Calcutta medical institutions reports 1871-78
Year: 1871
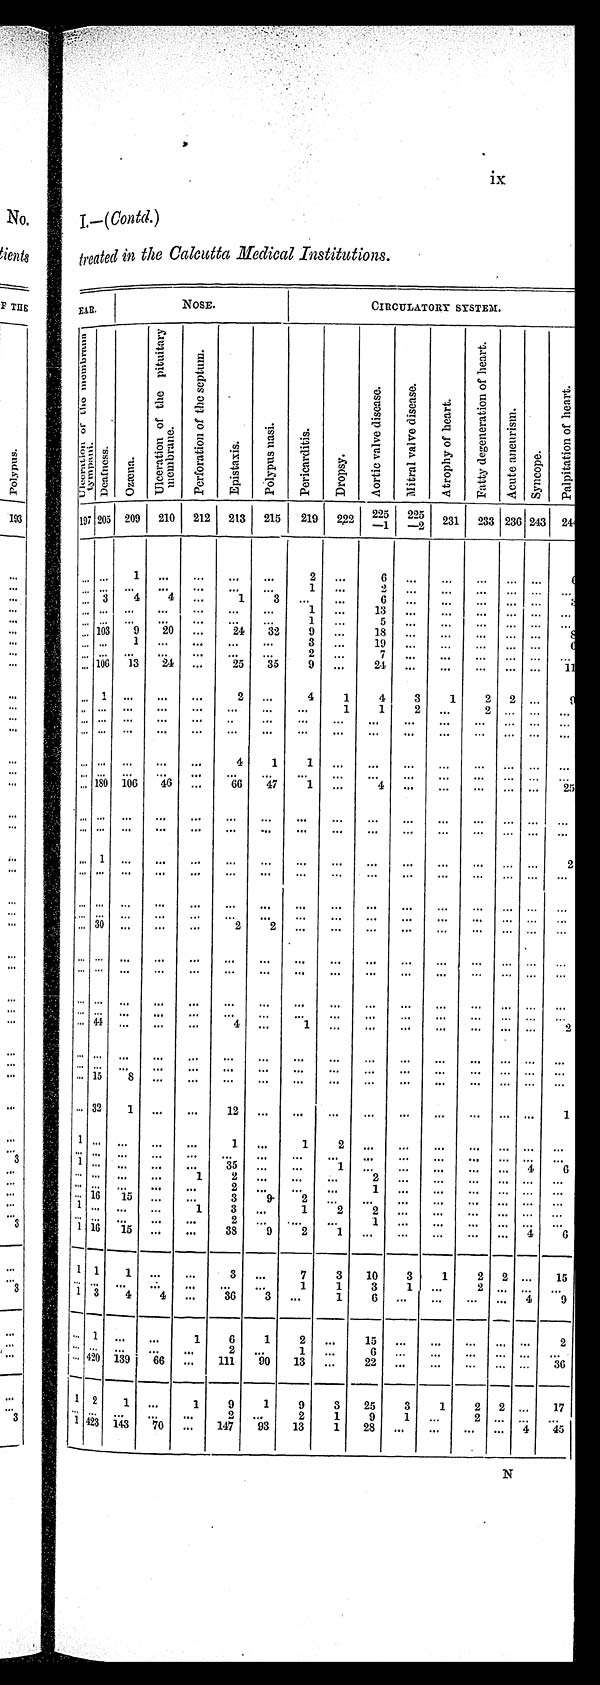
ix
I.—(Contd. )
treated in the Calcutta Medical Institutions.
EAR.
N O S E .
CIRCULATORY SYSTEM.
U l c e r a t i o n o f t h e m e m b r a n a
t ympani .
Deaf nes s .
O z æ n a .
U l c e r a t i o n o f t h e p i t u i t a r y m e m b r a n e .
P e r f o r a t i o n o f t h e s e p t u m .
Epi st axi s.
Pol upus nasi .
P e r i c a r d i t i s .
D r o p s y .
A o r t i c v a l v e d i s e a s e .
M i t r a l v a l v e d i s e a s e .
A t r o p h y o f h e a r t .
F a t t y d e g e n e r a t i o n o f h e a r t .
A c u t e a n e u r i s m .
Syncope.
P a l p i t a t i o n o f h e a r t .
197 205 209 210
212
213
215
219
222 225
—1
225
—2 231
233 236 243 244
... ...
1
...
... ...
...
2
...
6
...
...
...
... ...
6
... ... ...
...
... ...
...
1
...
2 ...
...
...
... ... ...
...
3
4
4 ...
1
3
...
...
6 ...
...
...
... ...
3
... ... ...
...
...
...
...
1
...
13
...
...
...
...
...
. . .
...
...
...
...
...
...
...
1
...
5
. . .
. . .
. . .
... ...
. . .
... 103
9
20
...
24
32
9
...
18
...
...
...
... ...
8
... ...
1
...
...
...
...
3
...
19
... ...
...
... ...
6
... ... ...
...
...
...
...
2
...
7
...
...
... ...
...
. . .
... 106
13
24
...
25
35
9
...
2 4
...
...
...
... ...
1 1
...
1 ...
...
...
2
...
4
1
4
3
1
2
2 ...
9
... ...
...
...
...
. . .
...
...
1
1
2
...
2
...
. . .
... ... ...
...
...
. . .
...
. . . ...
...
...
. . .
. . . ...
...
...
... ... ...
...
...
...
...
...
...
...
...
...
...
... ...
...
...
...
...
...
...
4
1
1
...
...
...
...
...
... ...
. . .
... ... ...
...
...
...
... ...
. . .
. . .
. . .
...
. . .
... ...
. . .
... 180 106
46
...
66
47
1
... ...
...
...
...
... ...
25
... ... ...
...
...
...
...
...
...
...
...
...
...
...
... ...
... ... ...
...
...
...
...
...
...
...
...
...
...
... ...
...
...
1 ...
...
...
. . .
. . .
. . .
...
...
...
...
...
... ...
2
... ... ...
...
... ...
...
...
...
...
...
...
...
... ...
...
... ... ...
...
...
...
...
...
...
...
...
...
...
...
...
...
... ... ...
...
... ...
...
...
...
...
...
...
...
... ... ...
... 30 ...
...
...
2
2
. . .
...
...
...
...
...
... ... ...
... ... ...
...
...
...
...
...
...
...
...
...
...
... ...
...
... ... ...
...
... ...
...
...
...
...
...
...
...
... ... ...
... ... ...
...
... ...
...
...
...
...
. . .
. . .
...
...
...
. . .
... ... ...
...
... ...
...
... ...
...
...
...
...
... ... ...
... 44 ...
...
...
4
...
1 ...
...
...
...
...
... ...
2
... .... ...
...
...
. . .
. . .
. . .
...
...
. . .
. . .
. . .
... ...
...
... ... ...
...
...
. . .
. . .
. . .
. . .
. . .
. . .
. . .
. . .
... ...
. . .
... 15
8
...
...
...
...
... ...
...
...
...
...
... ... ...
... 32
1 ...
...
12
...
...
...
...
...
...
...
... ...
1
1 ... ...
...
...
1
...
1
2
...
...
...
...
... ... ...
... ... ...
...
...
. . .
. . .
. . .
. . .
. . .
. . .
. . .
...
... ...
...
1 ... ...
...
...
35 ...
...
1 ...
...
...
...
...
4
6
... ... ...
...
1
2
...
... ...
2
...
...
...
... ...
...
... ...
...
...
...
2
. . . ...
...
1 ...
...
...
... ...
...
... 16
15
...
...
3
9
2 ...
...
...
...
...
... ...
...
1 ... ...
...
1
3
...
1
2
2 ...
...
...
... ... ...
... ... ...
...
...
2
. . .
...
...
1 ...
...
...
... ... ...
1 16
15
...
...
38
9
2
1
. . .
. . .
. . .
...
...
4
6
1
1
1
...
...
3
...
7
3
10
3
1
2
2 ...
15
... ... ...
...
... ...
...
1
1
3
1
...
2 ... ... ...
1 3
4
4
...
36
3
...
1
6 ...
...
...
...
4
9
... 1 ...
...
1
6
1
2
...
15
...
...
...
... ...
2
... ... ...
...
...
2
. . .
1
...
6 ...
...
...
... ... ...
...
4 2 0 139
66
...
111
90
13
...
22
. . .
. . .
. . .
... ...
36
1 2
1
...
1
9
1
9
3
25
3
1
2
2
...
17
... ... ...
...
. . .
2
...
2
1
9
1
...
2 ... ... ...
1
4 2 3 143
7 0
...
147
93
13
1
28
...
...
...
...
4
45